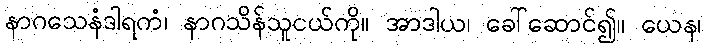
နာဂသေနံဒါရကံ၊ နာဂသိန်သူငယ်ကို။ အာဒါယ၊ ခေါ်ဆောင်၍။ ယေန၊